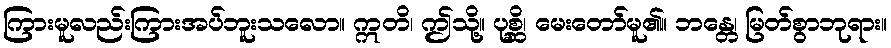
ကြားမူလည်းကြားအပ်ဘူးသလော။ ဣတိ၊ ဤသို့။ ပုစ္ဆိ၊ မေးတော်မူ၏။ ဘန္တေ၊ မြတ်စွာဘုရား။